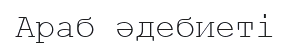
Араб әдебиеті